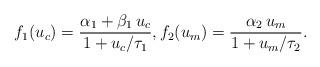
LaTeX: \begin{align*}f_1(u_c) = \frac{\alpha_1 + \beta_1\, u_c}{1 + u_c/ \tau_1}, f_2(u_m) = \frac{ \alpha_2\, u_m}{1 + u_m / \tau_2}.\end{align*}